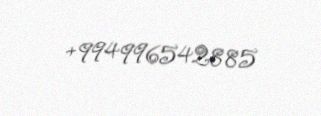
+994996542885